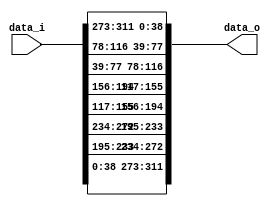
`define ADD_MOD(a,b,len) (((a)+(b)<(len))?((a)+(b)):((a)+(b)-(len)))
`define SUB_MOD(a,b,len) (((a)<(b))?((len)-(b)+(a)):((a)-(b)))

module circulant_2 #(
  parameter S0 = 1,
  parameter S1 = 2,
  parameter PORT_SIZE = (37+2),
  parameter NODES_NUM = 2
) (
  input  [NODES_NUM*4*PORT_SIZE-1:0] data_i,
  output [NODES_NUM*4*PORT_SIZE-1:0] data_o
);
  genvar i;
  generate
    for ( i = 0; i < NODES_NUM; i = i + 1 ) //  input router index
      begin : connections
      // step 0
        assign data_o [`ADD_MOD(i, S0, NODES_NUM)*4*PORT_SIZE+3*PORT_SIZE+:PORT_SIZE] = data_i [i*4*PORT_SIZE+0*PORT_SIZE+:PORT_SIZE];
        assign data_o [`SUB_MOD(i, S0, NODES_NUM)*4*PORT_SIZE+0*PORT_SIZE+:PORT_SIZE] = data_i [i*4*PORT_SIZE+3*PORT_SIZE+:PORT_SIZE];

        // step 1
        assign data_o [`ADD_MOD(i, S1, NODES_NUM)*4*PORT_SIZE+2*PORT_SIZE+:PORT_SIZE] = data_i [i*4*PORT_SIZE+1*PORT_SIZE+:PORT_SIZE];       
        assign data_o [`SUB_MOD(i, S1, NODES_NUM)*4*PORT_SIZE+1*PORT_SIZE+:PORT_SIZE] = data_i [i*4*PORT_SIZE+2*PORT_SIZE+:PORT_SIZE];
      end
  endgenerate
endmodule // circulant_2